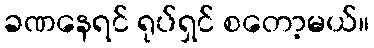
ခဏနေရင် ရုပ်ရှင် စတော့မယ်။